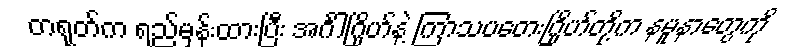
တရုတ်က ရည်မှန်းထားပြီး အင်္ဂါဂြိုဟ်နဲ့ ကြာသပတေးဂြိုဟ်တို့က နမူနာတွေကို